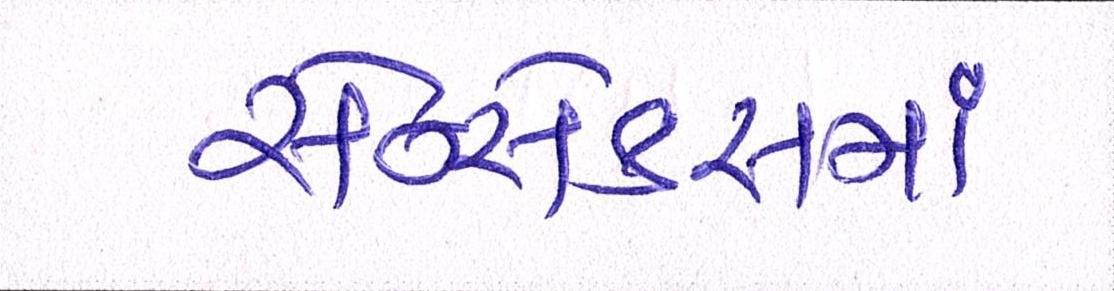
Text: સેન્સેક્સમાં